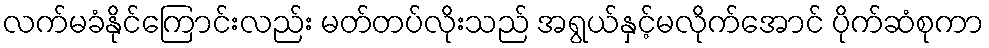
လက်မခံနိုင်ကြောင်းလည်း မတ်တပ်လိုးသည် အရွယ်နှင့်မလိုက်အောင် ပိုက်ဆံစုကာ